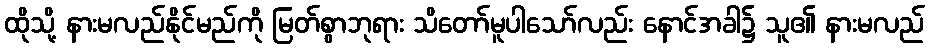
ထိုသို့ နားမလည်နိုင်မည်ကို မြတ်စွာဘုရား သိတော်မူပါသော်လည်း နောင်အခါ၌ သူ၏ နားမလည်